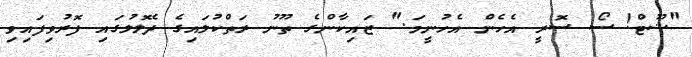
"ޝޫޓް! ސޯ ސޮރީ އެހެން އެހުނީމަ." ޒައިކާންގެ ތޫނު ރަތްކުލައިގެ ދެލޮލުގައި ފޮރުވިފައިވި